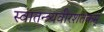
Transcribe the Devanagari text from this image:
स्वातन्त्र्यवीरशतकम्